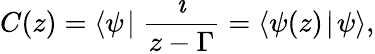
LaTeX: C(z)=\langle\psi\! \mid\frac{\imath}{z-\Gamma}=\langle\psi(z)\! \mid\! \psi\rangle,